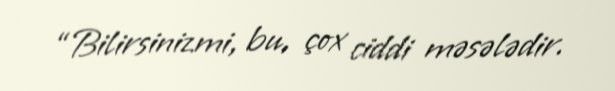
“Bilirsinizmi, bu, çox ciddi məsələdir.